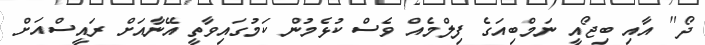
ދޯ'' އާއި ބިޖޯއީ ނަމްބިއަގެ ފިލްމެއް ވެސް ކުޅެމުން ކަމުގައިވާތީ އޭނާއަށް ރައީސްއަށް